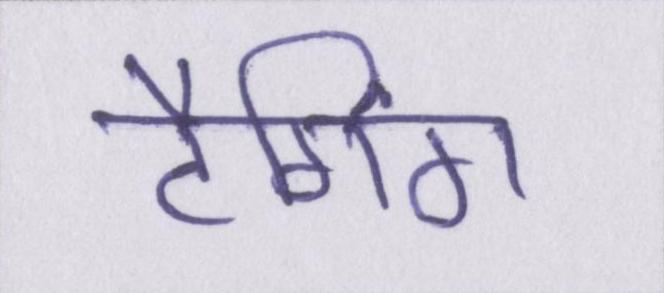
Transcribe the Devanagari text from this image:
टैगिंग